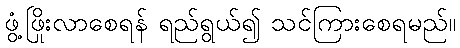
ဖွံ့ဖြိုးလာစေရန် ရည်ရွယ်၍ သင်ကြားစေရမည်။